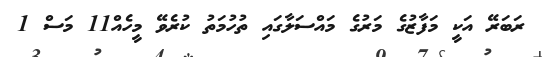
ރަބަރޭ އަކީ މަފާޒުގެ މަރުގެ މައްސަލާގައި ތުހުމަތު ކުރެވޭ މީހެއް11 މަސް 1